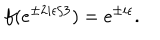
f ( e ^ { \pm 2 i \epsilon / 3 } ) = e ^ { \pm i \epsilon } .